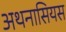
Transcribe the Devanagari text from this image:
अथनासियस